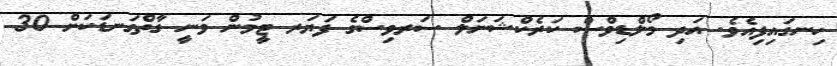
ހިނގައިފިއެވެ. އަދި މޯލްޑިވްސް ކަރެކްޝަނަލް ސަރވިސްގެ ފަޔަރ ޓީމުން ވަނީ ގާތްގަނޑަކަށް 30